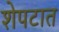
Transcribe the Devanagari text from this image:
शेपटात